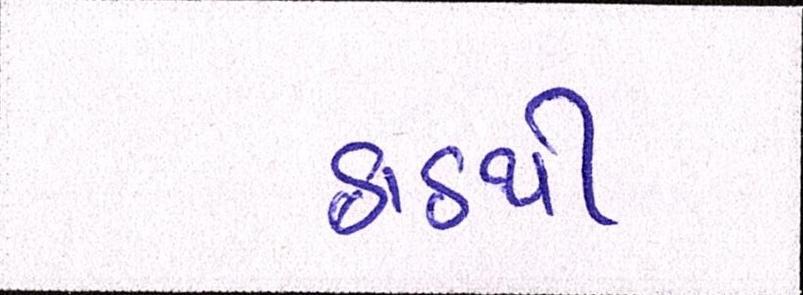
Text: ઠાઠથી